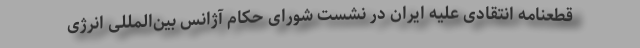
قطعنامه انتقادی علیه ایران در نشست شورای حکام آژانس بین‌المللی انرژی